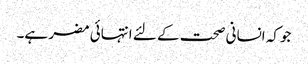
جوکہ انسانی صحت کے لئے انتہائی مضر ہے۔